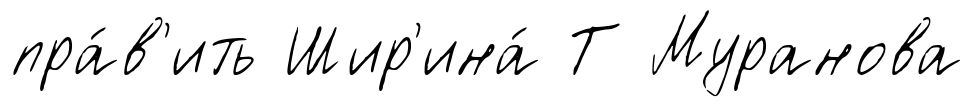
пра́в'ить Шир'ина́ Т Муранова